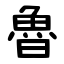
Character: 魯